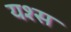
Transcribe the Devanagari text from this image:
यश्स